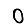
Digit: 0